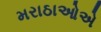
મરાઠાઓએ